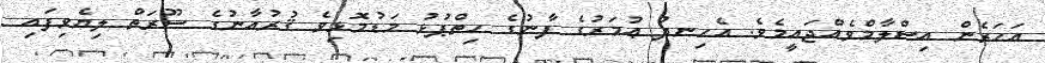
އަހަރެން އިސްލާމްވެއްޖައީމެވެ. އެހިނދު ޢުމަރުގެ ފާނުގެ ހިތްޕުޅު މަޑުމޮޅިވެ ޤުރުއާނުގެ ސޫރަތް ލިޔެވިފައި